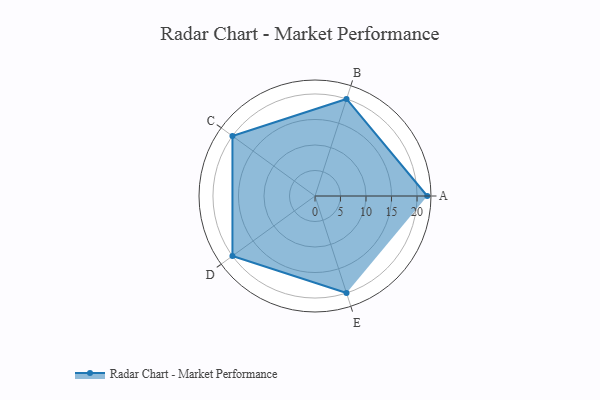
{"axis": {"x": "Skill", "y": "Score"}, "legend": ["Profile"], "data": [{"x": "A", "y": 22.0, "type": "Profile"}, {"x": "B", "y": 20, "type": "Profile"}, {"x": "C", "y": 20, "type": "Profile"}, {"x": "D", "y": 20, "type": "Profile"}, {"x": "E", "y": 20, "type": "Profile"}]}